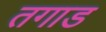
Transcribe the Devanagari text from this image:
तगाड